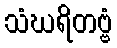
သံဃရိတဗ္ဗံ